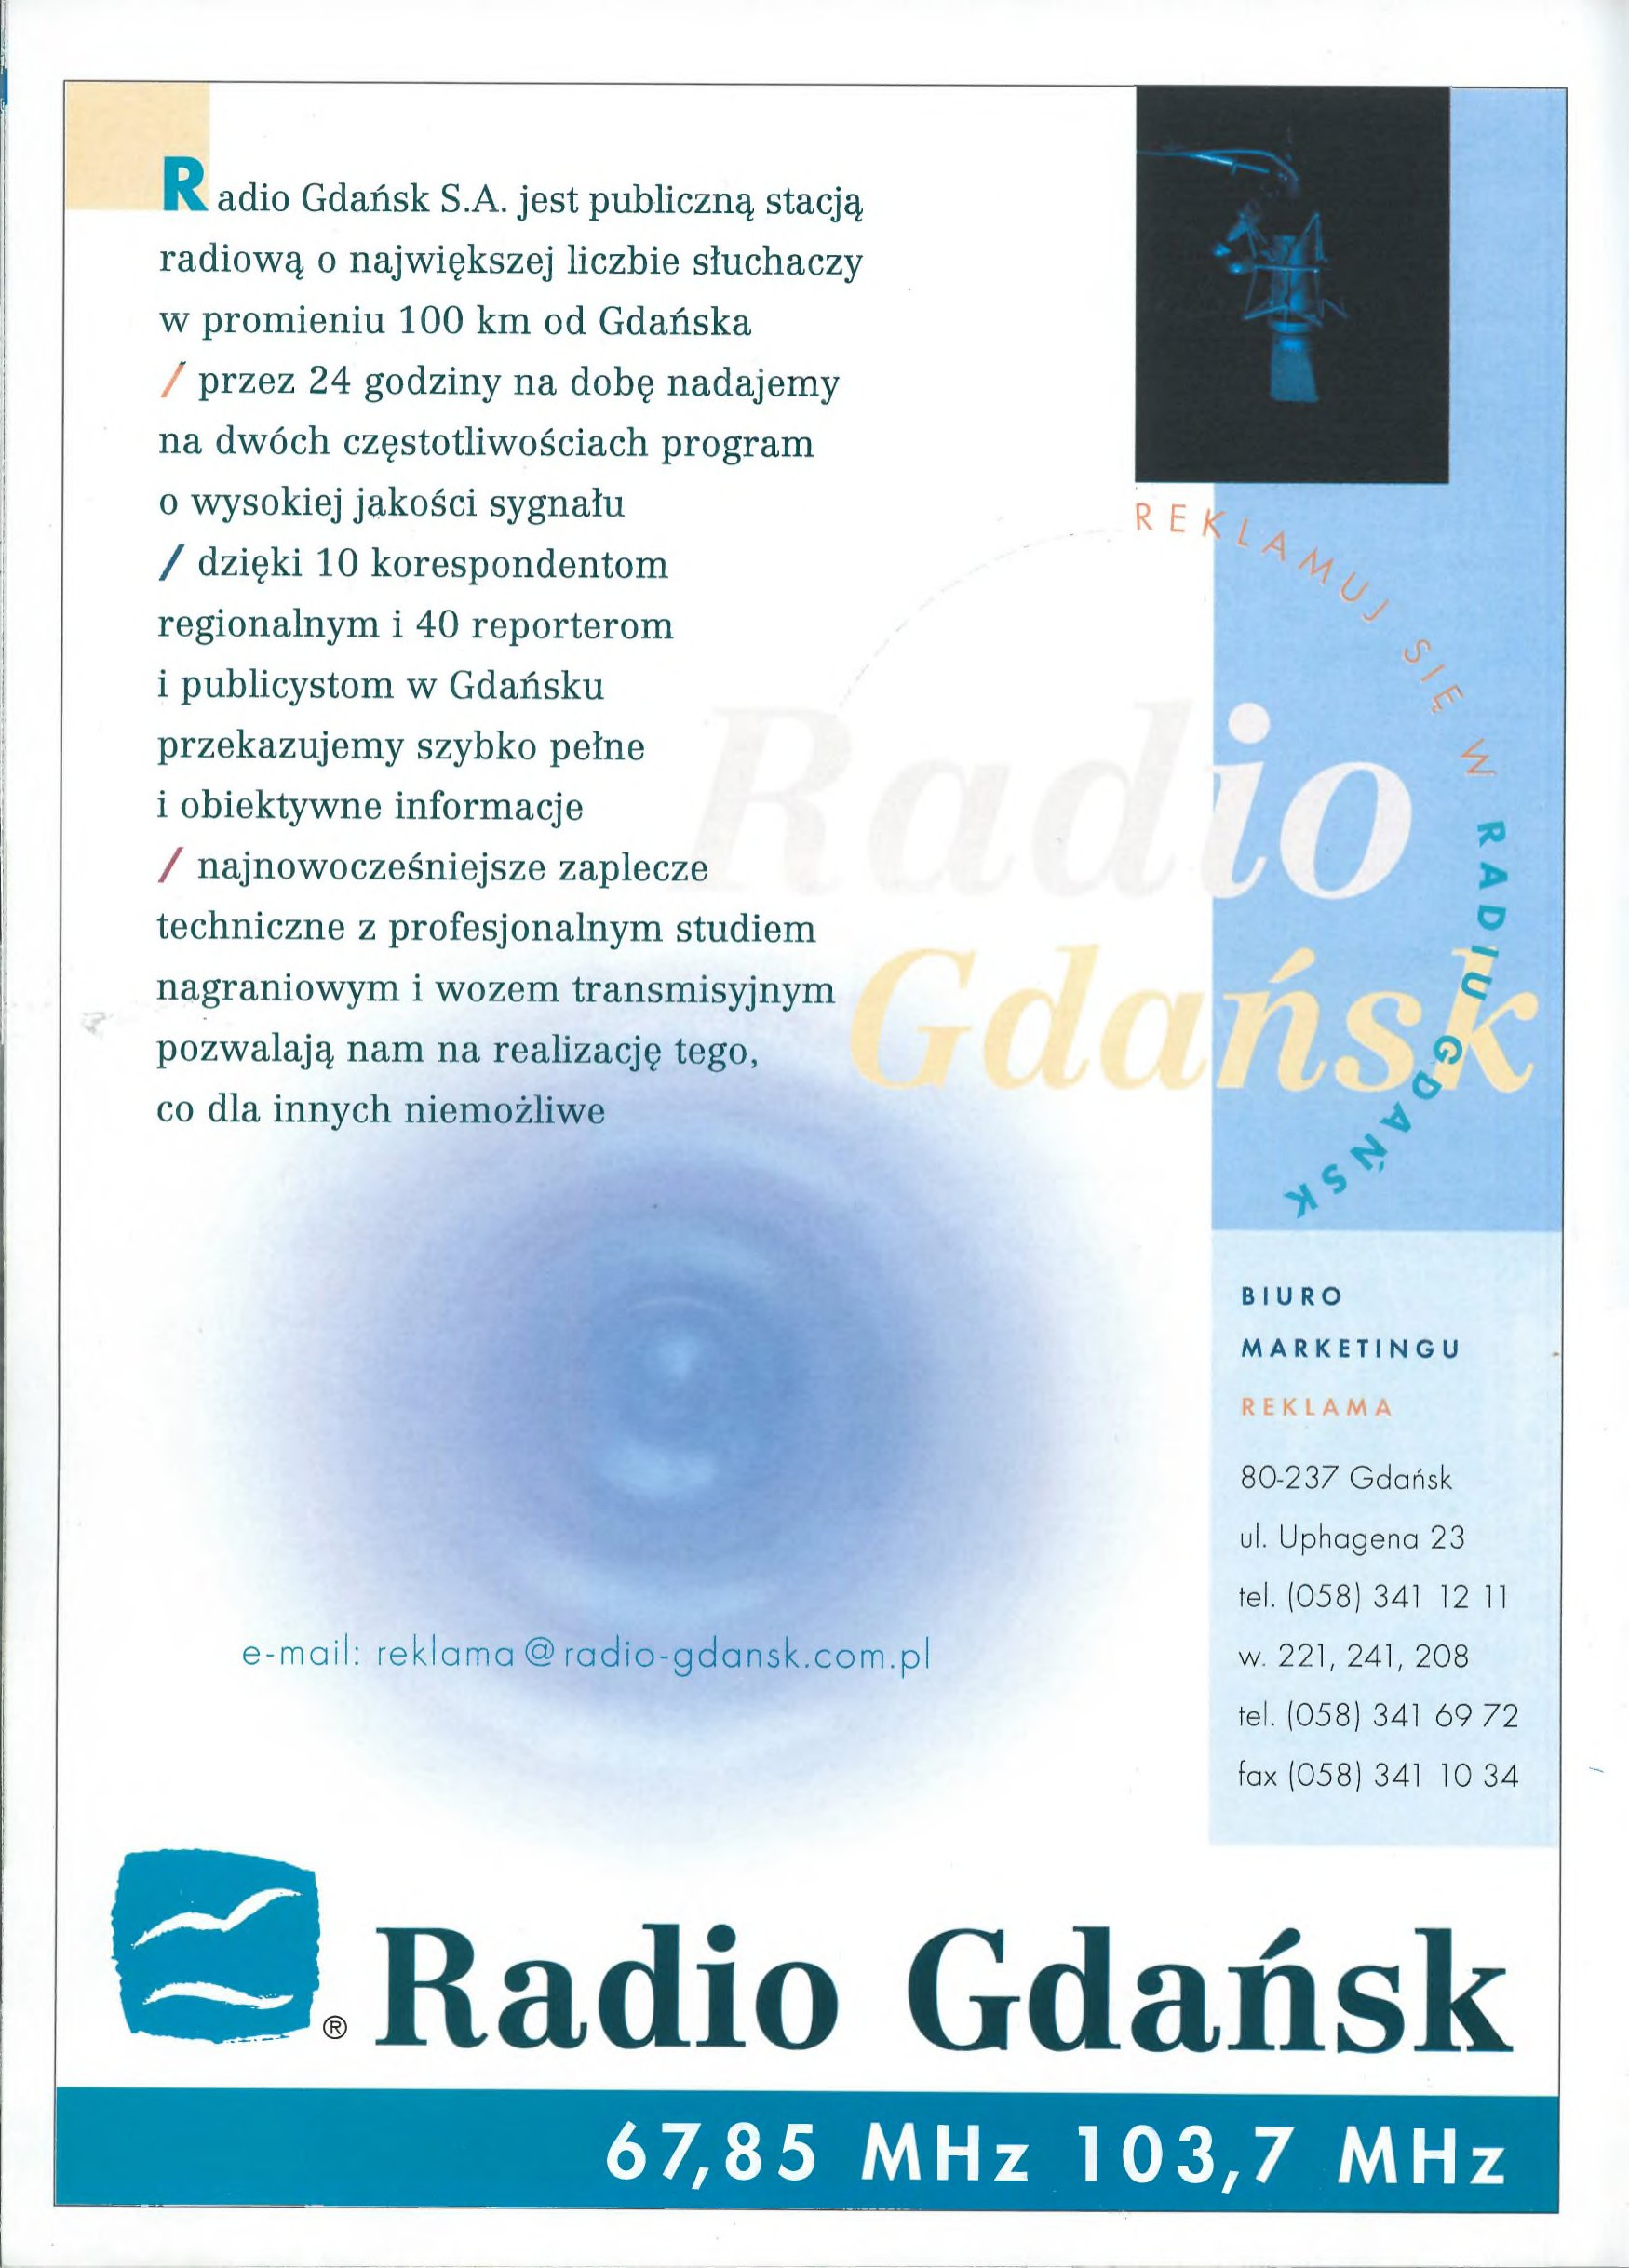
Language: pl